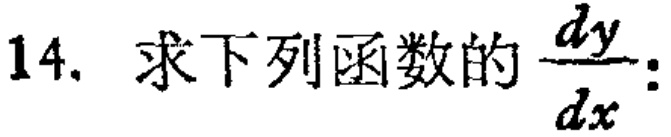
14. 求下列函数的$\frac{dy}{dx}$: